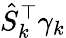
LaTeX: \hat{S}_{k}^{\top}\gamma_{k}